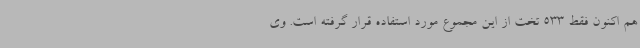
هم اکنون فقط 533 تخت از این مجموع مورد استفاده قرار گرفته است. وی